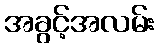
အခွင့်အလမ်း